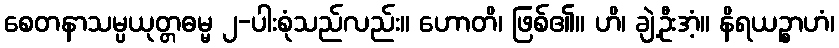
စေတနာသမ္ပယုတ္တဓမ္မ ၂-ပါးစုံသည်လည်း။ ဟောတိ၊ ဖြစ်၏။ ဟိ၊ ချဲ့ဦးအံ့။ နိရယဉ္စာဟံ၊